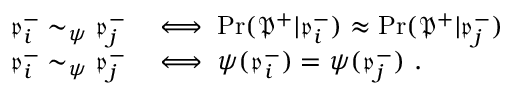
\begin{array} { r l } { \mathfrak { p } _ { i } ^ { - } \sim _ { \psi } \mathfrak { p } _ { j } ^ { - } } & { \iff \operatorname* { P r } ( \mathfrak { P } ^ { + } | \mathfrak { p } _ { i } ^ { - } ) \approx \operatorname* { P r } ( \mathfrak { P } ^ { + } | \mathfrak { p } _ { j } ^ { - } ) } \\ { \mathfrak { p } _ { i } ^ { - } \sim _ { \psi } \mathfrak { p } _ { j } ^ { - } } & { \iff \psi ( \mathfrak { p } _ { i } ^ { - } ) = \psi ( \mathfrak { p } _ { j } ^ { - } ) ~ . } \end{array}